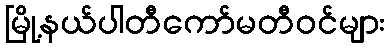
မြို့နယ်ပါတီကော်မတီဝင်များ